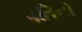
પતિનો